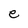
Character: e